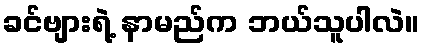
ခင်ဗျားရဲ့ နာမည်က ဘယ်သူပါလဲ။